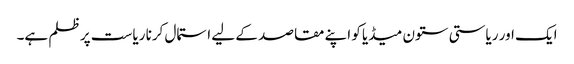
ایک اور ریاستی ستون میڈیا کو اپنے مقاصد کے لیے استمال کرنا ریاست پر ظلم ہے۔